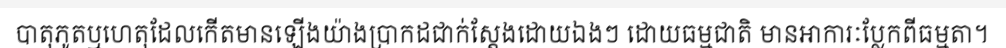
បាតុភូតឬហេតុដែលកើតមានឡើងយ៉ាងប្រាកដជាក់ស្តែងដោយឯងៗ ដោយធម្មជាតិ មានអាការៈប្លែកពីធម្មតា។